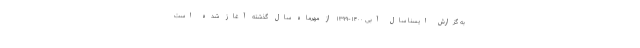
به گزارش ایسنا سال آبی ۱۴۰۰-۱۳۹۹ از مهرماه سال گذشته آغاز شده است